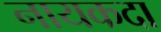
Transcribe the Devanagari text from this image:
नायकदा